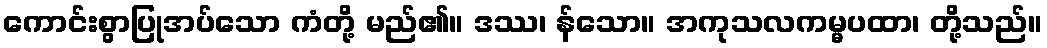
ကောင်းစွာပြုအပ်သော ကံတို့ မည်၏။ ဒဿ၊ န်သော။ အကုသလကမ္မပထာ၊ တို့သည်။